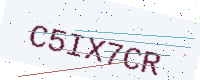
Text: C5IX7CR